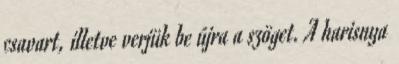
csavart, illetve verjük be újra a szöget. A harisnya